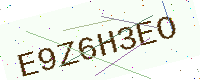
Text: E9Z6H3EO